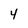
Character: 4